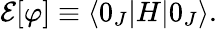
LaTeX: {\cal E}[\varphi]\equiv\langle 0_{J}|H|0_{J}\rangle.